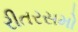
રીતરસમો